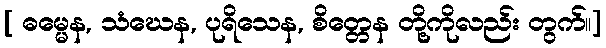
[ ဓမ္မေန, သံဃေန, ပုရိသေန, စိတ္တေန တို့ကိုလည်း တွက်။]